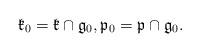
LaTeX: \begin{align*}\mathfrak{k}_0=\mathfrak{k}\cap \mathfrak{g}_0, \mathfrak{p}_0=\mathfrak{p}\cap \mathfrak{g}_0.\end{align*}